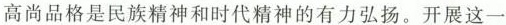
高尚品格是民族精神和时代精神的有力弘扬。开展这一